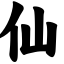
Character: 仙